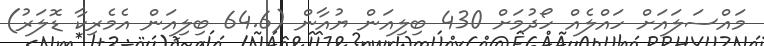
މައްސަލައަށް ހައްލެއް ހޯދުމަށް 430 ބިލިއަން ޔުއާން (64.6 ބިލިއަން އެމެރިކާ ޑޮލަރު)